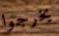
يخرجوا